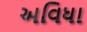
અવિધા